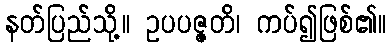
နတ်ပြည်သို့။ ဥပပဇ္ဇတိ၊ ကပ်၍ဖြစ်၏။